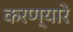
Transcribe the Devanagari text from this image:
करण्यारे